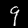
Label: 9